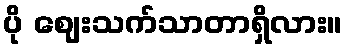
ပို ဈေးသက်သာတာရှိလား။